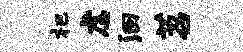
杷虐洄苕